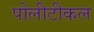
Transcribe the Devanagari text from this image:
पोलीटीकल